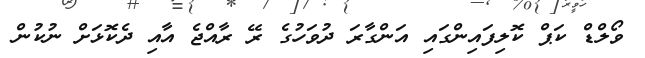
ވޯލްޑް ކަޕް ކޮލިފައިންގައި އަންގާރަ ދުވަހުގެ ރޭ ރާއްޖެ އާއި ދެކޮޅަށް ނުކުން